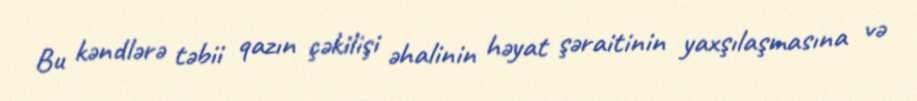
Bu kəndlərə təbii qazın çəkilişi əhalinin həyat şəraitinin yaxşılaşmasına və